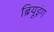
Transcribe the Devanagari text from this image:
ब्रियूइंग